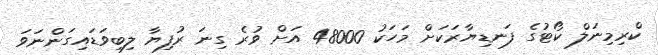
ކްރިމިނަލް ކޯޓުގެ ފަނޑިޔާރަކަށް މަހަކު 48000 އަށް ވުރެ ގިނަ ރުފިޔާ ލިބިވަޑައިގަންނަވަ